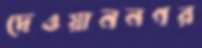
দেওয়াননগর